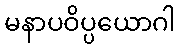
မနာပဝိပ္ပယောဂါ